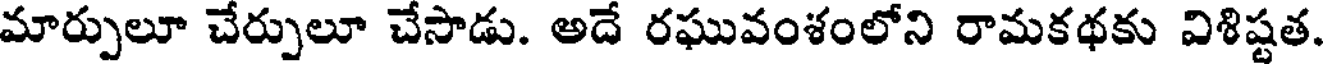
మార్పులూ చేర్పులూ చేసాడు. అదే రఘువంశంలోని రామకథకు విశిష్టత.